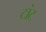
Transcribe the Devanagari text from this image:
टांट